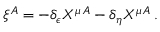
\xi ^ { A } = - \delta _ { \epsilon } X ^ { \mu \, A } - \delta _ { \eta } X ^ { \mu \, A } \, .